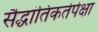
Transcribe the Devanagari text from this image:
सैद्धांतिकतेपेक्षा